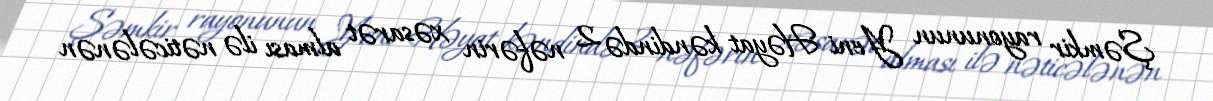
Şəmkir rayonunun Yeni Həyat kəndində 2 nəfərin xəsarət alması ilə nəticələnən